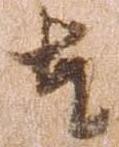
奉